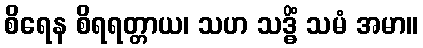
စိရေန စိရရတ္တာယ၊ သဟ သဒ္ဓိံ သမံ အမာ။